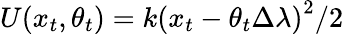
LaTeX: U(x_{t},\theta_{t})=k\left(x_{t}-\theta_{t}\Delta\lambda\right)^{2}/2